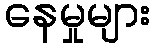
နေမှုများ